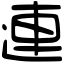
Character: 連